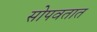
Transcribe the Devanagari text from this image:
सोपवतात